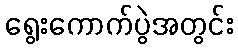
ရွေးကောက်ပွဲအတွင်း